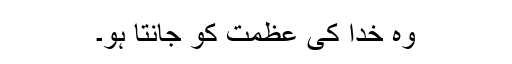
وہ خدا کی عظمت کو جانتا ہو۔